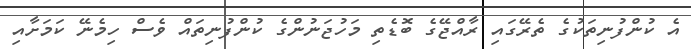
އެ ކުންފުނިތަކުގެ ތެރޭގައި ރާއްޖޭގެ ބޮޑެތި މަހުޖަނުންގެ ކުންފުނިތައް ވެސް ހިމެނޭ ކަމަށާއި